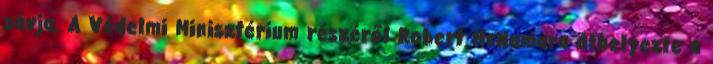
sávja. A Védelmi Minisztérium részéről Robert McNamara áthelyezte a